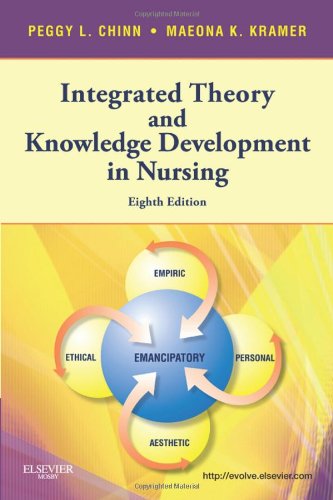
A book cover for Integrated Theory & Knowledge Development in Nursing, 8e (Chinn,Integrated Theory and Knowledge Development in Nursing); Peggy L. Chinn PhD  RN  FAAN; Medical Books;